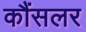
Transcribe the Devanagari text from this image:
कौंसलर